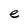
Character: e